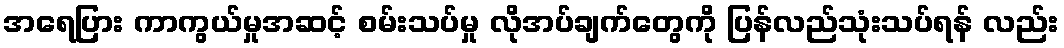
အရေပြား ကာကွယ်မှုအဆင့် စမ်းသပ်မှု လိုအပ်ချက်တွေကို ပြန်လည်သုံးသပ်ရန် လည်း